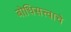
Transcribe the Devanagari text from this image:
बोधिसत्त्वाचे